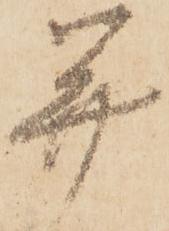
并